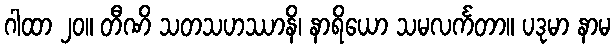
ဂါထာ ၂၀။ တီဏိ သတသဟဿာနိ၊ နာရိယော သမလင်္ကတာ။ ပဒုမာ နာမ